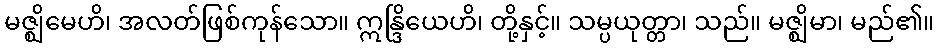
မဇ္ဈိမေဟိ၊ အလတ်ဖြစ်ကုန်သော။ ဣန္ဒြိယေဟိ၊ တို့နှင့်။ သမ္ပယုတ္တာ၊ သည်။ မဇ္ဈိမာ၊ မည်၏။